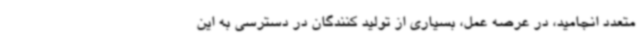
متعدد انجامید، در عرصه عمل، بسیاری از تولید کنندگان در دسترسی به این